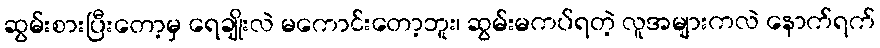
ဆွမ်းစားပြီးတော့မှ ရေချိုးလဲ မကောင်းတော့ဘူး၊ ဆွမ်းမကပ်ရတဲ့ လူအများကလဲ နောက်ရက်